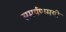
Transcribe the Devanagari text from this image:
समर्पणमयी